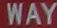
WAY